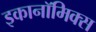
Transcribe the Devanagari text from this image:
इकानॉमिक्स